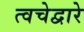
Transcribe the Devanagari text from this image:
त्वचेद्वारे